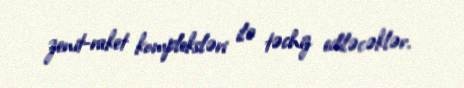
zenit-raket kompleksləri ilə təchiz ediləcəklər.